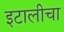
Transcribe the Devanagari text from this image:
इटालीचा